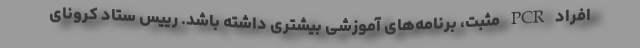
افراد PCR مثبت، برنامه‌های آموزشی بیشتری داشته باشد. رییس ستاد کرونای